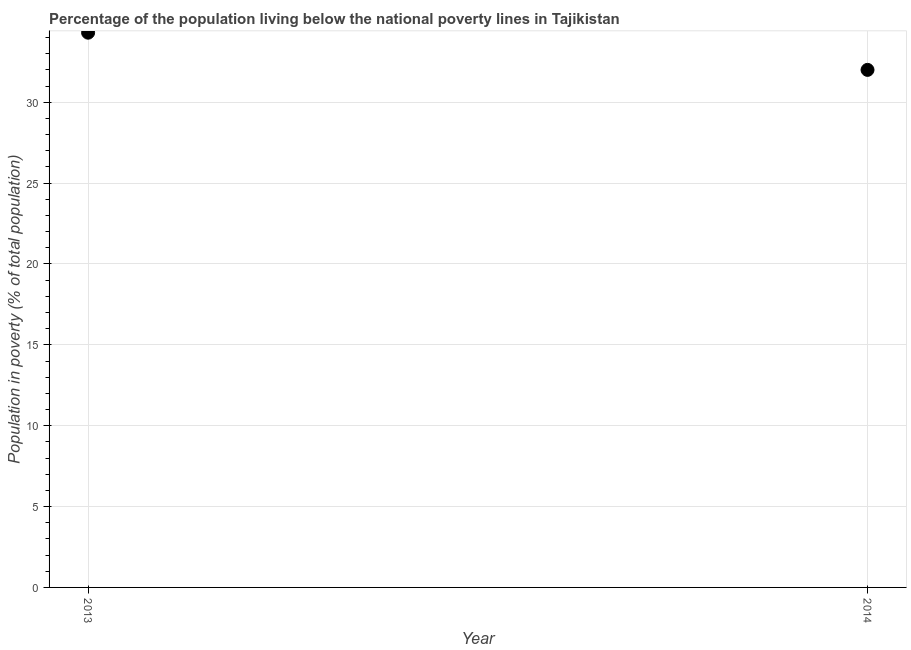
| Year | Poverty headcount ratio |
 | --- | --- |
 | 2013 | 34.3 |
 | 2014 | 32 |